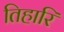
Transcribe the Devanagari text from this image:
तिहारि